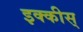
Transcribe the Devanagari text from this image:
इक्कीस्